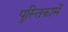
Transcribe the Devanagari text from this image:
पुस्‍तिकामें